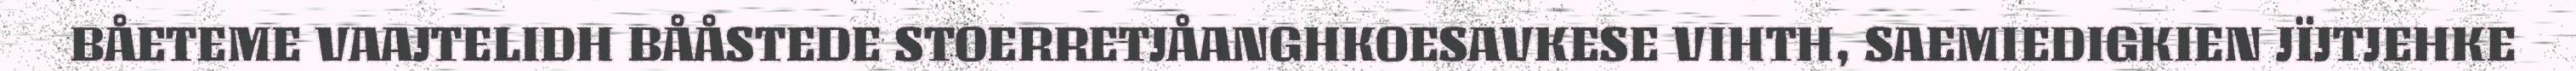
BÅETEME VAAJTELIDH BÅÅSTEDE STOERRETJÅANGHKOESAVKESE VIHTH, SAEMIEDIGKIEN JÏJTJEHKE